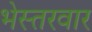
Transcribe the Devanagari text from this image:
भेस्तरवार